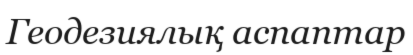
Геодезиялық аспаптар